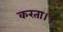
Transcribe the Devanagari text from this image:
करता।।